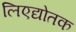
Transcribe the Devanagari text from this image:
लिएद्योतक